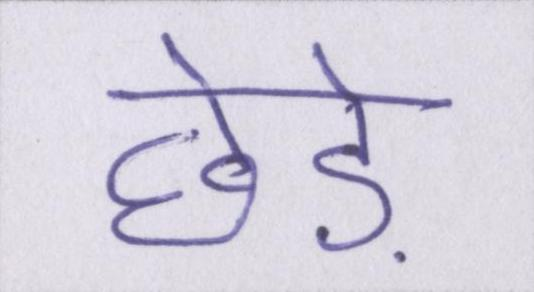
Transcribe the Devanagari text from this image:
छेड़े